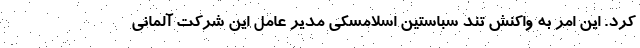
کرد. این امر به واکنش تند سباستین اسلامسکی مدیر عامل این شرکت آلمانی